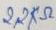
Text: 2,2KΩ